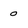
Character: 0